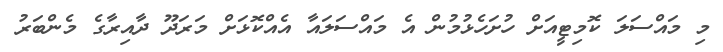
މި މައްސަލަ ކޮމިޓީއަށް ހުށަހެޅުމުން އެ މައްސަލައާ އެއްކޮޅަށް މަރަދޫ ދާއިރާގެ މެންބަރު